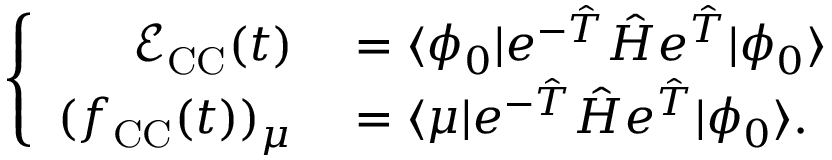
\left\lbrace \begin{array} { r l } { \mathcal { E } _ { \mathrm { C C } } ( t ) } & { { } = \langle \phi _ { 0 } \vert e ^ { - \hat { T } } \hat { H } e ^ { \hat { T } } \vert \phi _ { 0 } \rangle } \\ { ( f _ { \mathrm { C C } } ( t ) ) _ { \mu } } & { { } = \langle \mu \vert e ^ { - \hat { T } } \hat { H } e ^ { \hat { T } } \vert \phi _ { 0 } \rangle . } \end{array} \right.